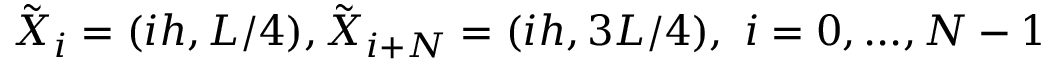
\tilde { \boldsymbol X } _ { i } = ( i h , L / 4 ) , \tilde { \boldsymbol X } _ { i + N } = ( i h , 3 L / 4 ) , \ i = 0 , . . . , N - 1